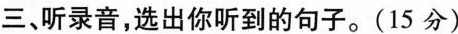
三、听录音,选出你听到的句子.(15 分)